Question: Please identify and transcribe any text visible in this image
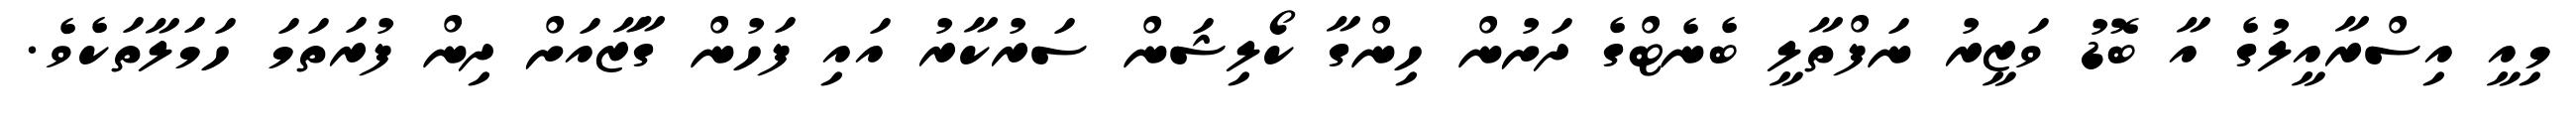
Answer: މިއީ އިސްރާއީލުގެ އާ ބޮޑު ވަޒީރު ނަފްތާލީ ބެނެޓްގެ ދަށުން ހިންގާ ކޯލިޝަން ސަރުކާރު އައި ފަހުން ގާޒާއަށް ދިން ފުރަތަމަ ހަމަލާތަކެވެ.